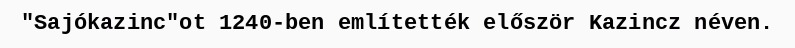
"Sajókazinc"ot 1240-ben említették először Kazincz néven.